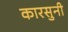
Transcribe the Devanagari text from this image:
कारसुनी